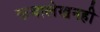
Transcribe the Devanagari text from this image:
कथालेखनही